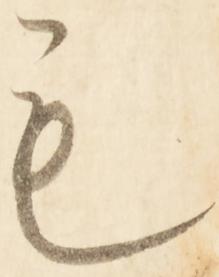
も